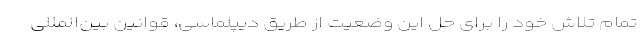
تمام تلاش خود را برای حل این وضعیت از طریق دیپلماسی، قوانین بین‌المللی